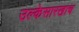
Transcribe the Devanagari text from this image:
उल्केसारखाच